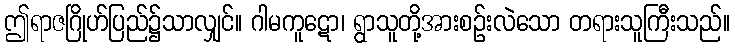
ဤရာဇဂြိုဟ်ပြည်၌သာလျှင်။ ဂါမကူဋော၊ ရွာသူတို့အားစဉ်းလဲသော တရားသူကြီးသည်။